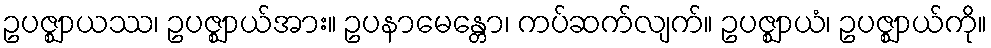
ဥပဇ္ဈာယဿ၊ ဥပဇ္ဈာယ်အား။ ဥပနာမေန္တော၊ ကပ်ဆက်လျက်။ ဥပဇ္ဈာယံ၊ ဥပဇ္ဈာယ်ကို။